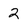
Character: 2